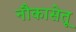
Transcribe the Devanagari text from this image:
नौकासेतू